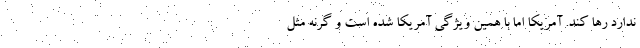
ندارد رها کند. آمریکا اما با همین ویژگی آمریکا شده است و گرنه مثل